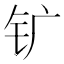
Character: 𰽚